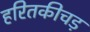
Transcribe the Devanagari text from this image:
हरितकीचड़